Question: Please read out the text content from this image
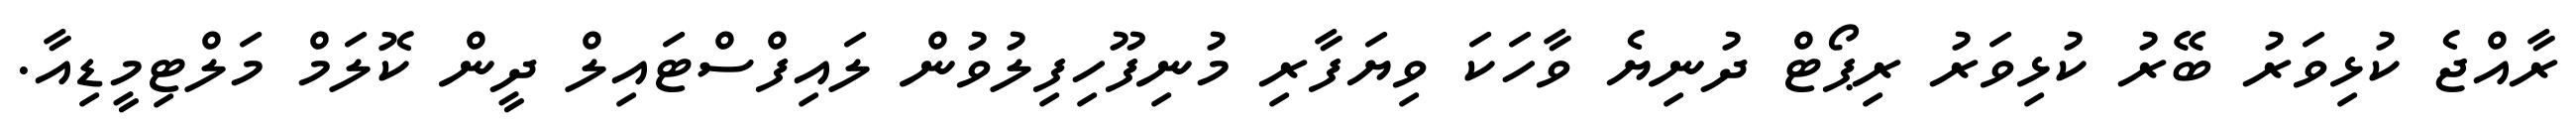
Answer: ރާއްޖެ ކުޅިވަރު ބޭރު ކުޅިވަރު ރިޕޯޓް ދުނިޔެ ވާހަކަ ވިޔަފާރި މުނިފޫހިފިލުވުން ލައިފްސްޓައިލް ދީން ކޮލަމް މަލްޓިމީޑިއާ.